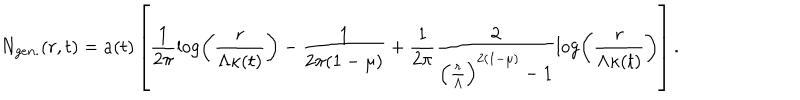
N _ { g e n . } ( r , t ) = a ( t ) \left[ \frac { 1 } { 2 \pi } \log \left( \frac { r } { \Lambda \kappa ( t ) } \right) - \frac { 1 } { 2 \pi ( 1 - \mu ) } + \frac { 1 } { 2 \pi } \frac { 2 } { \left( \frac { r } { \Lambda } \right) ^ { 2 ( 1 - \mu ) } - 1 } \log \left( \frac { r } { \Lambda \kappa ( t ) } \right) \right] .